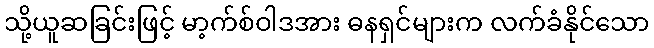
သို့ယူဆခြင်းဖြင့် မာ့က်စ်ဝါဒအား ဓနရှင်များက လက်ခံနိုင်သော